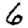
Digit: 6